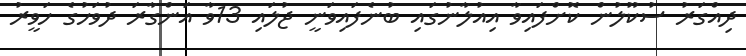
ދިއްގަރު ސުކޫލުން ކޮށްފައިވާ އިއުލާނުގައި ބުނެފައިވަނީ ޖުލައި 13ވާ އަންގާރަ ދުވަހުގެ ހަވީރު